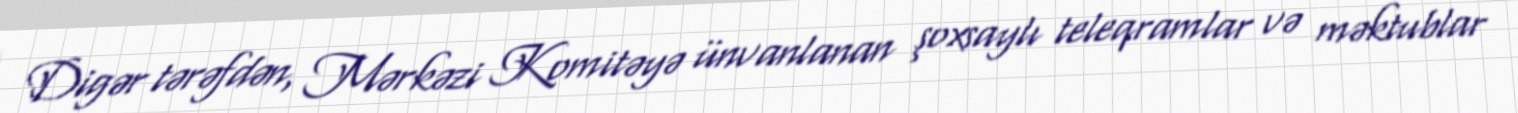
Digər tərəfdən, Mərkəzi Komitəyə ünvanlanan şoxsaylı teleqramlar və məktublar